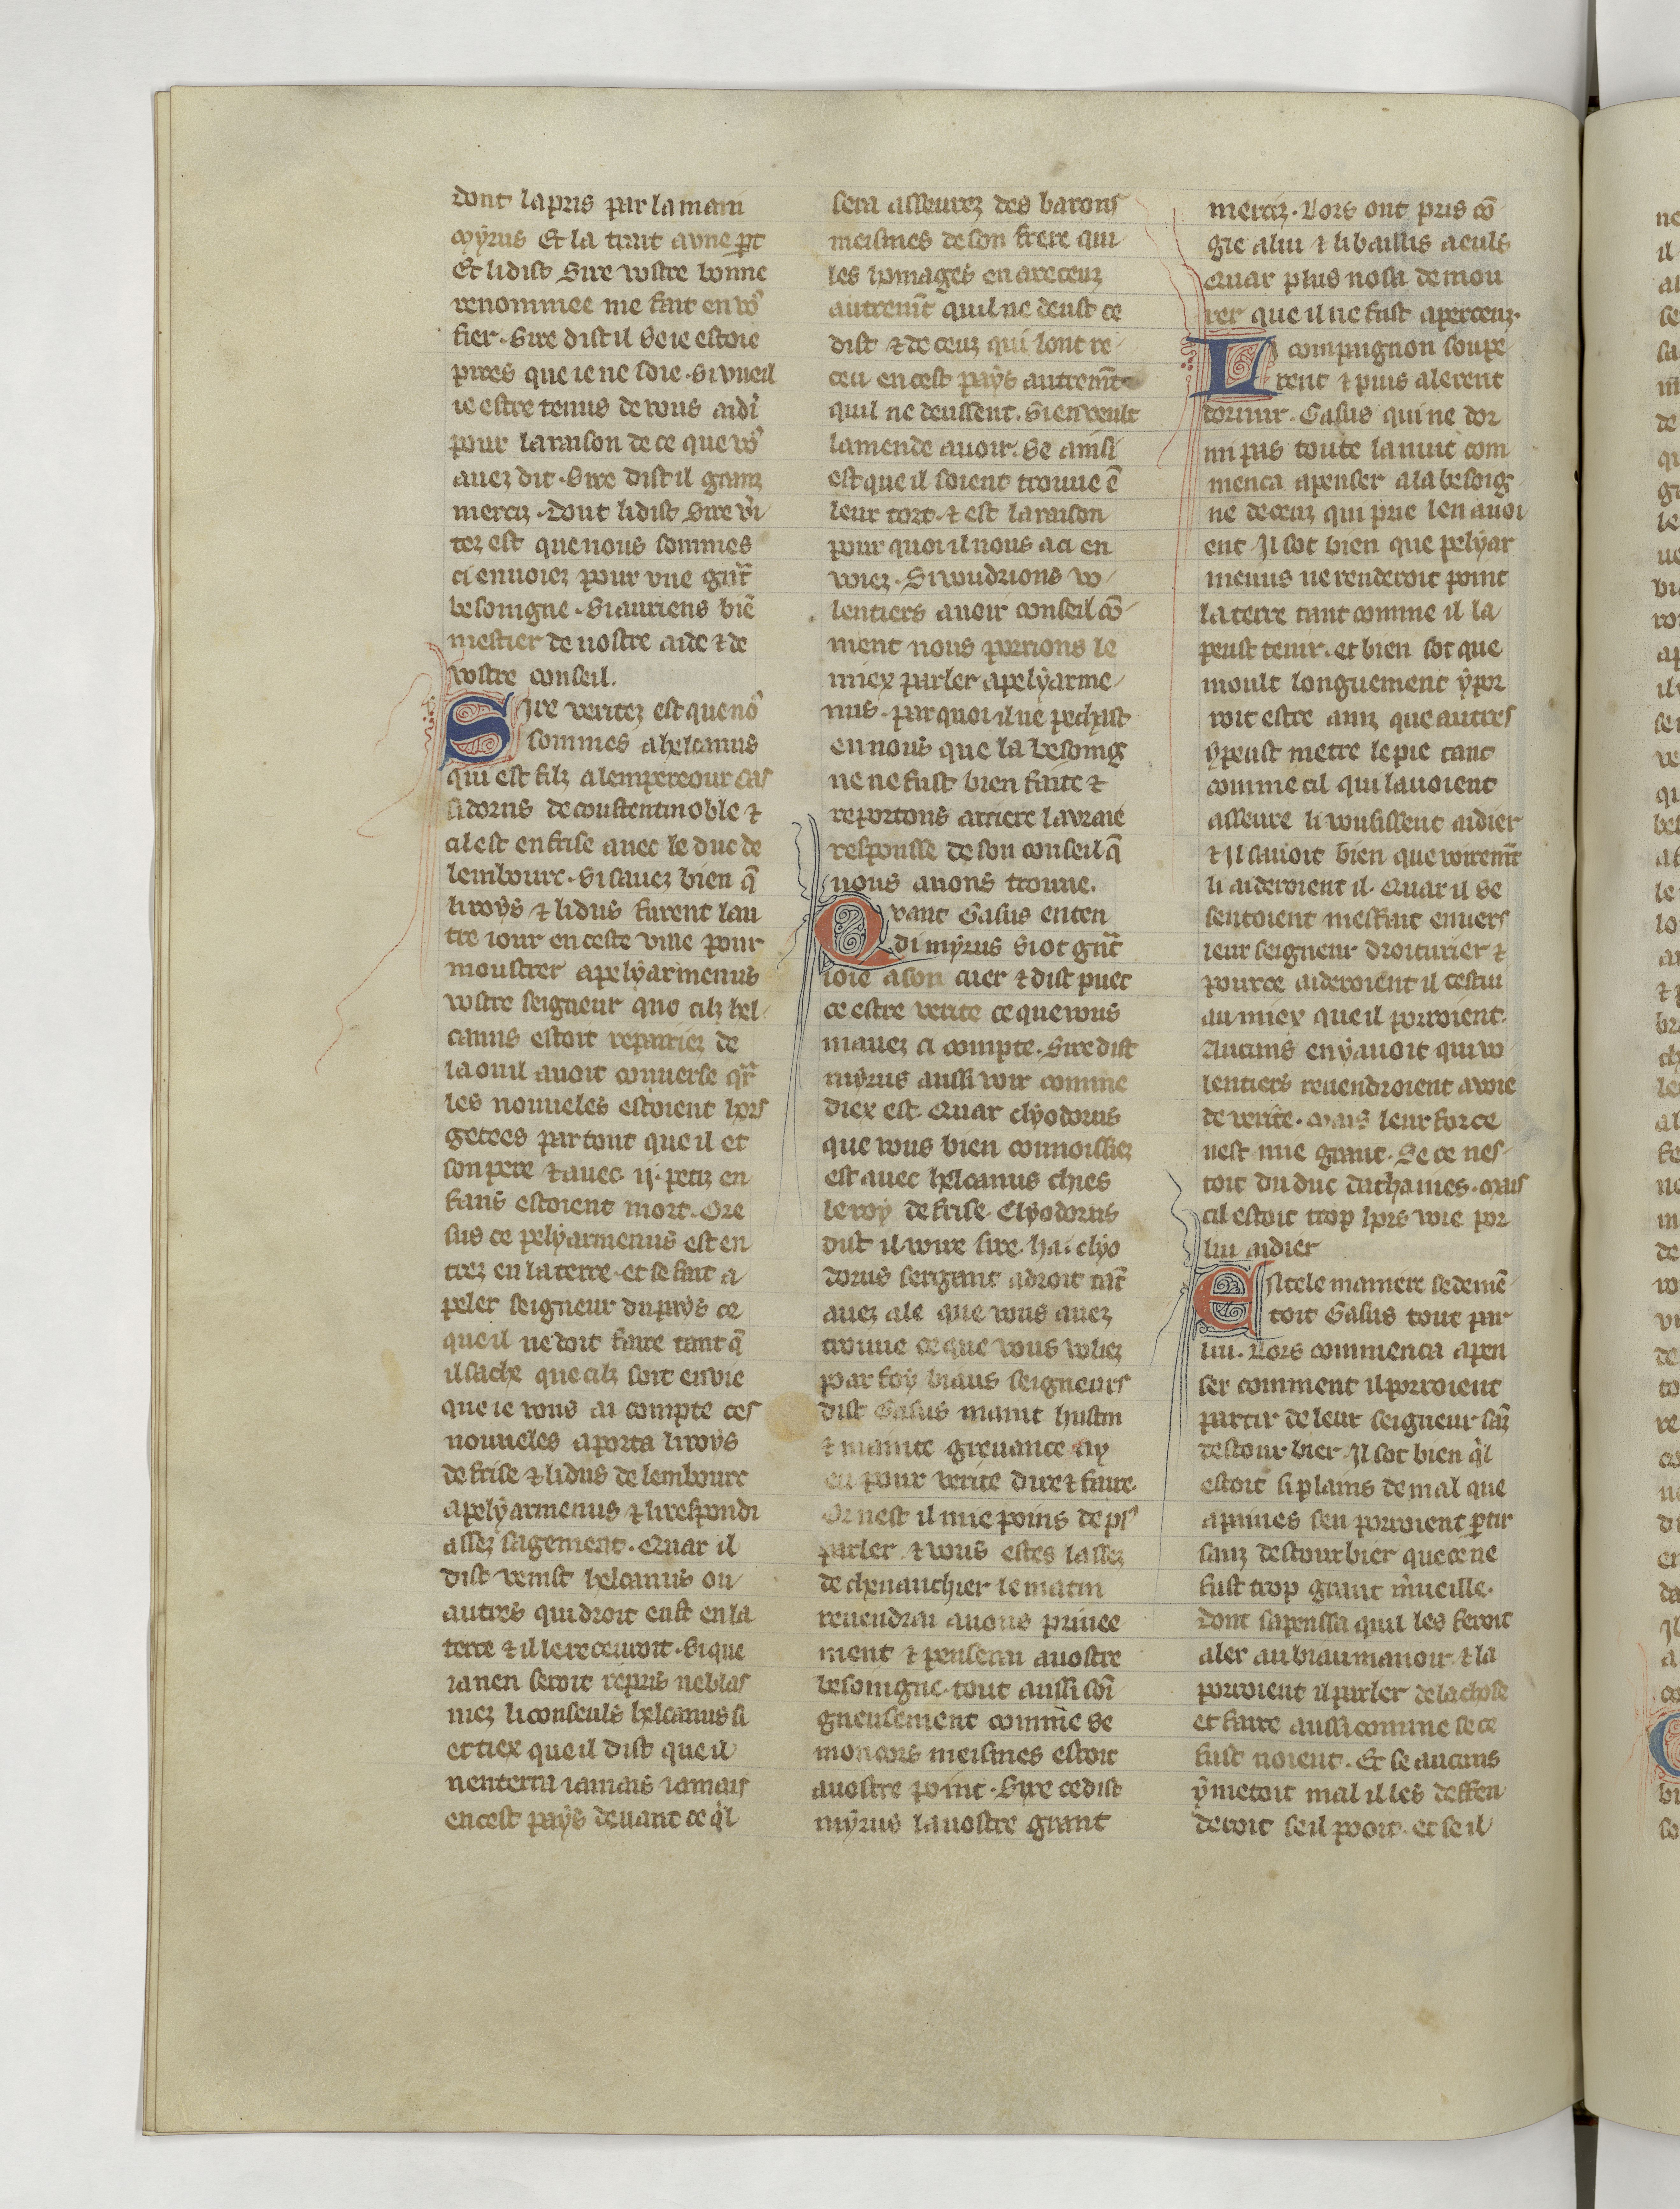
Shelfmark: Paris, BnF, fr. 22549
Century: 14